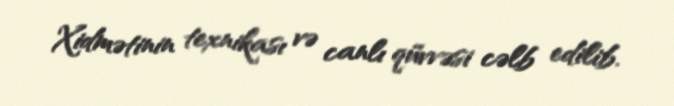
Xidmətinin texnikası və canlı qüvvəsi cəlb edilib.